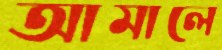
আমালে